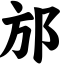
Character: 邡